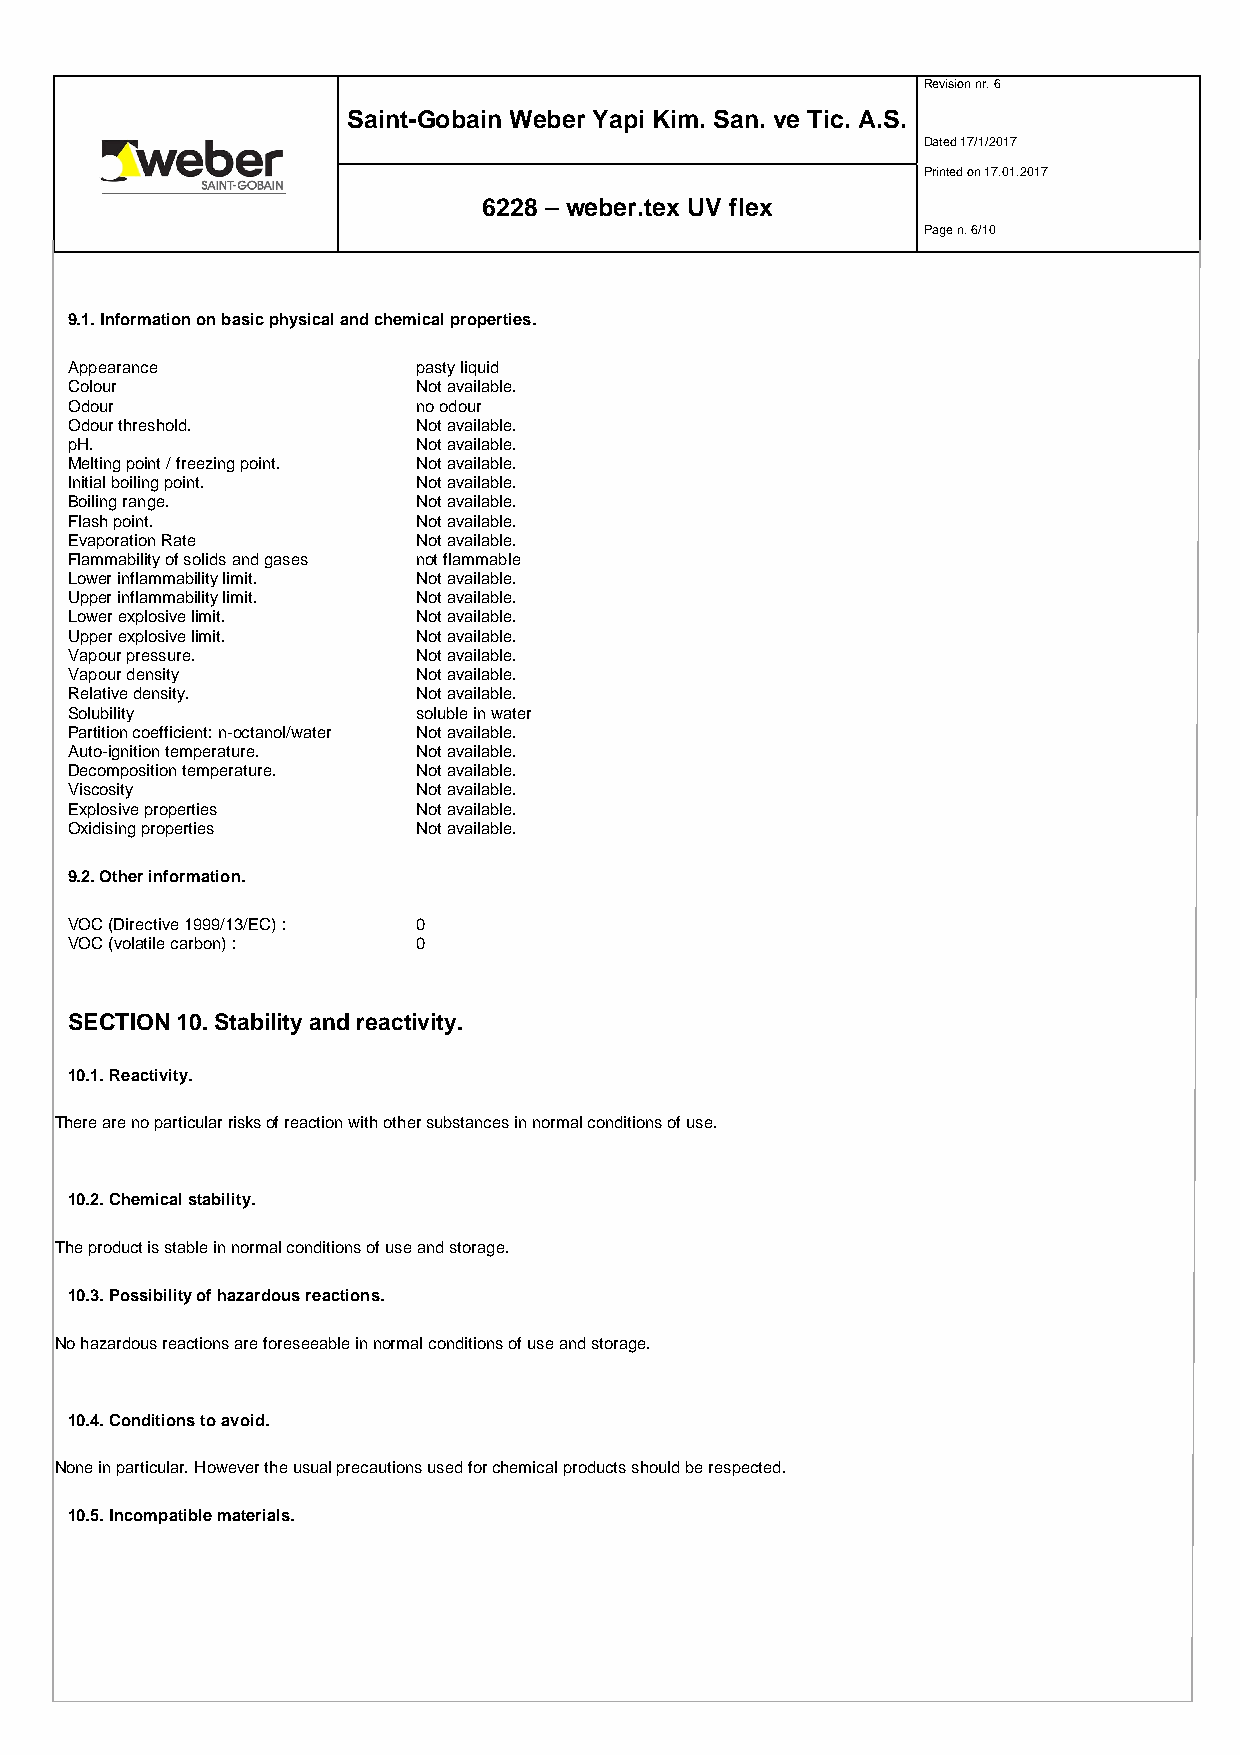
Revision nr. 6
 Saint-Gobain Weber Yapi Kim. San. ve Tic. A.S.
 Dated 17/1/2017
 Printed on 17.01.2017
 6228 – weber.tex UV flex
 Page n. 6/10
 9.1. Information on basic physical and chemical properties.
 Appearance             pasty liquid
 Colour                 Not available.
 Odour                  no odour
 Odour threshold.       Not available.
 pH.                    Not available.
 Melting point / freezing point. Not available.
 Initial boiling point. Not available.
 Boiling range.         Not available.
 Flash point.           Not available.
 Evaporation Rate       Not available.
 Flammability of solids and gases not flammable
 Lower inflammability limit. Not available.
 Upper inflammability limit. Not available.
 Lower explosive limit. Not available.
 Upper explosive limit. Not available.
 Vapour pressure.       Not available.
 Vapour density         Not available.
 Relative density.      Not available.
 Solubility             soluble in water
 Partition coefficient: n-octanol/water Not available.
 Auto-ignition temperature. Not available.
 Decomposition temperature. Not available.
 Viscosity              Not available.
 Explosive properties   Not available.
 Oxidising properties   Not available.
 9.2. Other information.
 VOC (Directive 1999/13/EC) : 0
 VOC (volatile carbon) : 0
 SECTION 10. Stability and reactivity.
 10.1. Reactivity.
 There are no particular risks of reaction with other substances in normal conditions of use.
 10.2. Chemical stability.
 The product is stable in normal conditions of use and storage.
 10.3. Possibility of hazardous reactions.
 No hazardous reactions are foreseeable in normal conditions of use and storage.
 10.4. Conditions to avoid.
 None in particular. However the usual precautions used for chemical products should be respected.
 10.5. Incompatible materials.